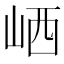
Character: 𡶼